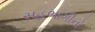
સહભાગીનો